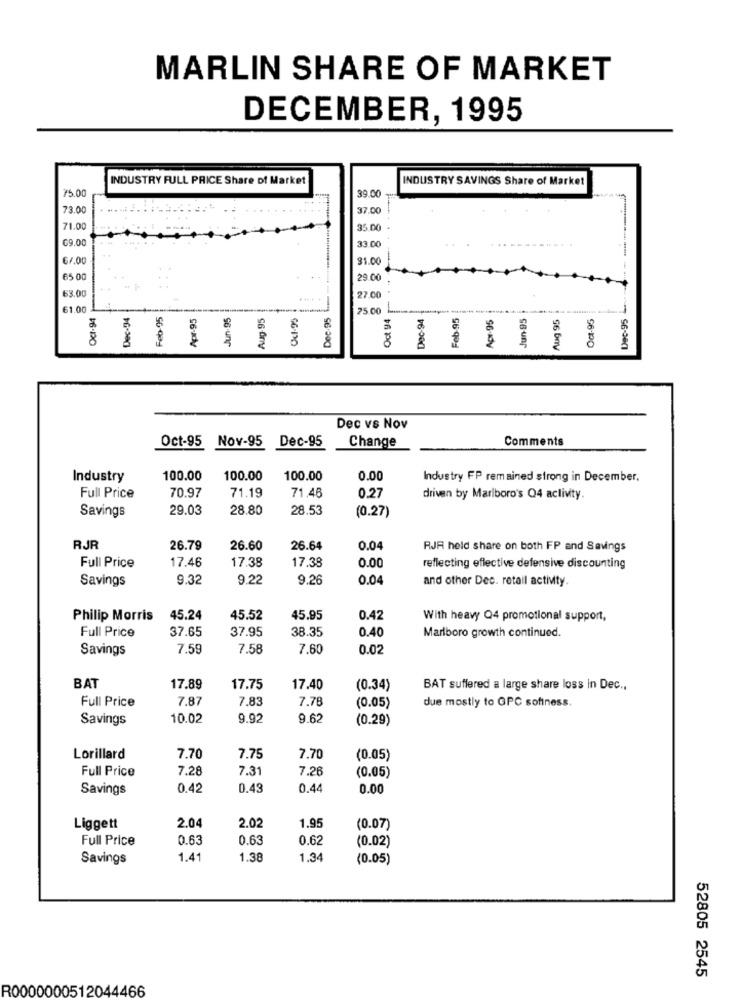
MARLIN SHARE OF MARKET
DECEMBER, 1995
INDUSTRY FULL PRICE Share of Market
INDUSTRY SAVINGS Share of Market
Dec.95 .. ... ************** in ..........;
39.00
--
75.00
73.00
37.00
71.00
35.00
69.00
33.00
---
6/.00
91.00
65 00
29.00
63.00
27.00
Oct 94
Dec-95 -
61.00
Oct-94
Dec-94
Feb-95
Apr-95
Aug-95
25.00 .......... ...... ........
Dec-94
Feb-95
Acv.95
Jun 95
Aug 95
Oct-95
$
Dec vs Nov
Oct-95 Nov-95 Dec-95
Change
Comments
Industry
100.00
100.00
100.00
0.00
Industry FP remained strong in December,
Full Price
70.97
71.19
71.46
0.27
driven by Marlboro's Q4 aclivity.
Savings
29.03
28.80
28.53
(0.27)
RJR
26.79
26.60
26.64
0.04
RJR held share on both FP and Savings
17.46
Full Price
17.38
17.38
0.00
reflecting eflective defensive discounting
Savings
9.32
9.22
9.26
0.04
and other Dec. retail activity.
Philip Morris
45.24
45.52
45.95
0.42
With heavy Q4 promotional support,
37.95
38.35
Full Price
37.65
0.40
Marlboro growth continued.
Savings
7.59
7.58
7.60
0.02
BAT
17.89
17.75
17.40
(0.34)
BAT suffered a large share loss in Dec .,
Full Price
7.87
7.8
7.78
due mostly to GPC softness.
(0.05)
Savings
10.02
9.92
9.62
(0.29)
Lorillard
7.70
7.75
7.70
(0.05)
Full Price
7.28
7.3
7.26
(0.05)
Savings
0.42
0.45
0.44
0.00
2.04
1.95
Liggett
2.02
(0.07)
Full Price
0.63
0.6
0.62
(0.02)
Savings
1.4
1.38
1.34
(0.05)
52805 2545
R0000000512044466